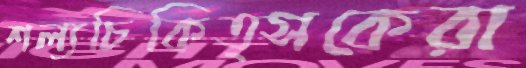
শল্যচিকিত্সকেরা